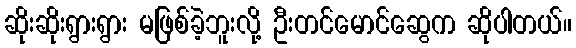
ဆိုးဆိုးရွားရွား မဖြစ်ခဲ့ဘူးလို့ ဦးတင်မောင်ဆွေက ဆိုပါတယ်။